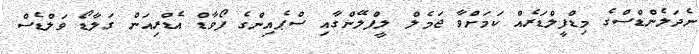
ނެދަލެންޑްސްގެ މިޑްފީލްޑަރެއް ކަމަށްވާ ޖަމެލް ލީފްލޭންގާއި ސްޕެއިންގެ ފޯވާޑް އެޑްރިއަން ގަލާޑޯ ވަލްޑެސް